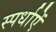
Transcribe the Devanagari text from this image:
स्पर्धाऐं